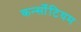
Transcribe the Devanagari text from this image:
कर्न्सोटियम